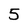
Character: 5